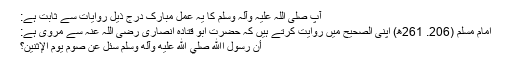
آپ صلی اللہ علیہ وآلہ وسلم کا یہ عمل مبارک درج ذیل روایات سے ثابت ہے:
اِمام مسلم (206. 261ھ) اپنی الصحیح میں روایت کرتے ہیں کہ حضرت ابو قتادہ انصاری رضی اللہ عنہ سے مروی ہے:
أن رسول اﷲ صلي الله عليه وآله وسلم سُئل عن صوم يوم الإثنين؟